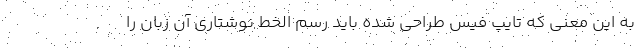
به این معنی که تایپ فیس طراحی شده باید رسم الخط نوشتاری آن زبان را